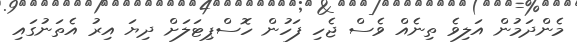
މެންދަމުން އަލިވެ ތިނެއް ވެސް ޖެހި ފަހުން ހޮސްޕިޓަލަށް ދިޔަ އިރު އެތަނުގައި